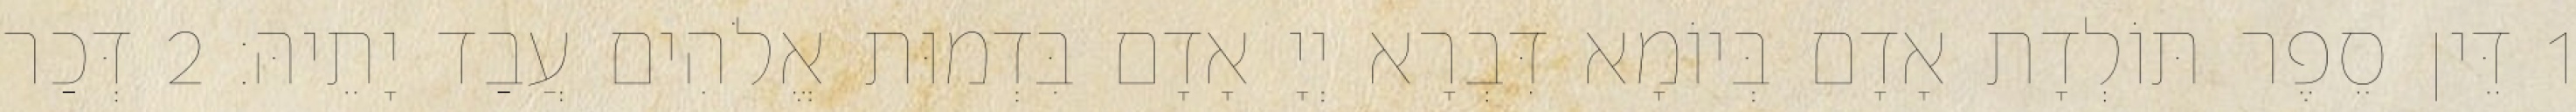
1 דֵּין סֵפֶר תּוֹלְדָת אָדָם בְּיוֹמָא דִּבְרָא יְיָ אָדָם בִּדְמוּת אֱלֹהִים עֲבַד יָתֵיהּ׃ 2 דְּכַר